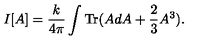
I [ A ] = \frac { k } { 4 \pi } \int \mathrm { T r } ( A d A + \frac { 2 } { 3 } A ^ { 3 } ) .